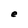
Character: e